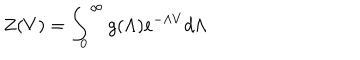
Z ( V ) = \int _ { 0 } ^ { \infty } g ( \Lambda ) e ^ { - \Lambda V } d \Lambda